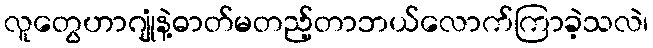
လူတွေဟာဂျုံနဲ့ဓာတ်မတည့်တာဘယ်လောက်ကြာခဲ့သလဲ၊